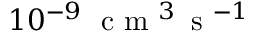
1 0 ^ { - 9 } \; \ensuremath { \mathrm { ~ c ~ m ~ } ^ { 3 } \, \mathrm { ~ s ~ } ^ { - 1 } }